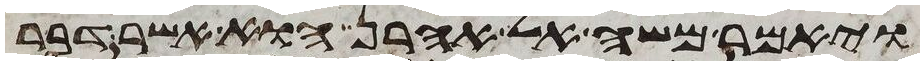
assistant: ויאמר משה אל אהרן הוא אשר דבר